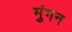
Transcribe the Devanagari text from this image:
मुंगन